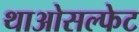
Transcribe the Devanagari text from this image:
थाओसल्फेट